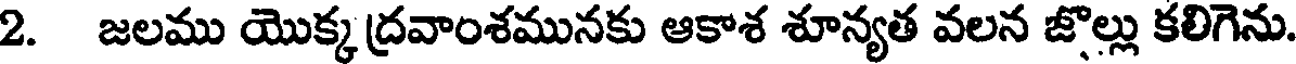
2. జలము యొక్క ద్రవాంశమునకు ఆకాశ శూన్యత వలన జొల్లు కలిగెను.